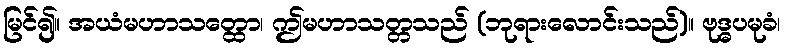
မြင်၍။ အယံမဟာသတ္ထော၊ ဤမဟာသတ္တသည် (ဘုရားလောင်းသည်)။ ဗုဒ္ဓပမုခံ၊